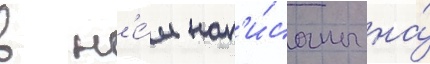
в н'е́м нап'и́саны на́